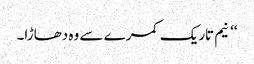
‘‘ نیم تاریک کمرے سے وہ دھاڑا۔